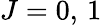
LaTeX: J=0,\, 1